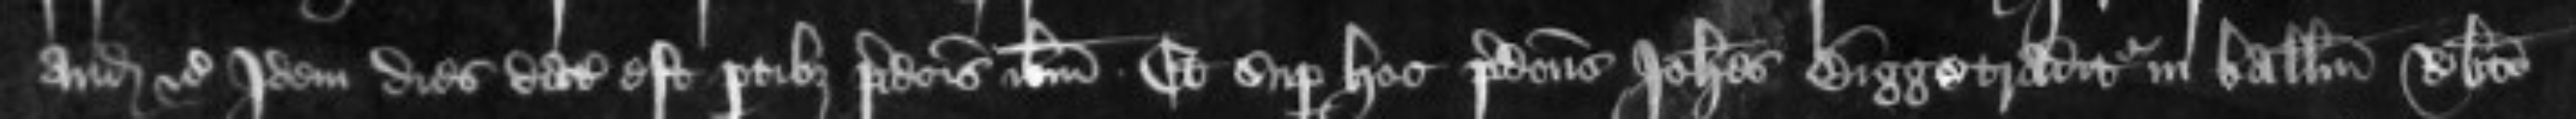
audiendum etc Idem dies datus est partibus predictis ibidem. Et super hoc Johannes Bigge traditur in ballium Roberto